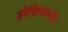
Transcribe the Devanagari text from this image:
होशियारी।